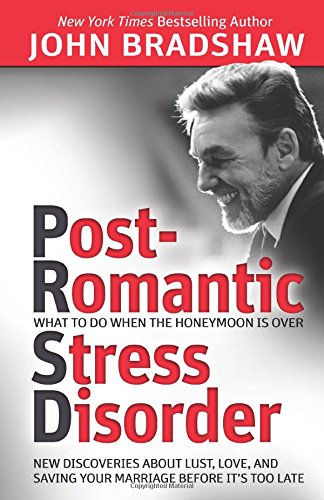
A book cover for Post-Romantic Stress Disorder: What to Do When the Honeymoon Is Over; John Bradshaw; Parenting & Relationships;